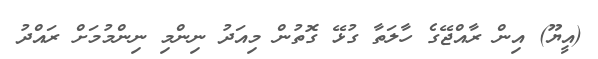
(އީޔޫ) އިން ރާއްޖޭގެ ހާލަތާ ގުޅޭ ގޮތުން މިއަދު ނިންމި ނިންމުމަށް ރައްދު